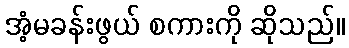
အံ့မခန်းဖွယ် စကားကို ဆိုသည်။